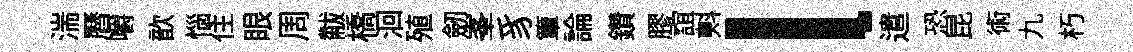
湍曆嚼歆惱住眼周黻橋洄殖劒峯豸簟論鑽膠誼㪺l遣恐昆術九朽